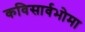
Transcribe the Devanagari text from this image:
कविसार्वभोमा